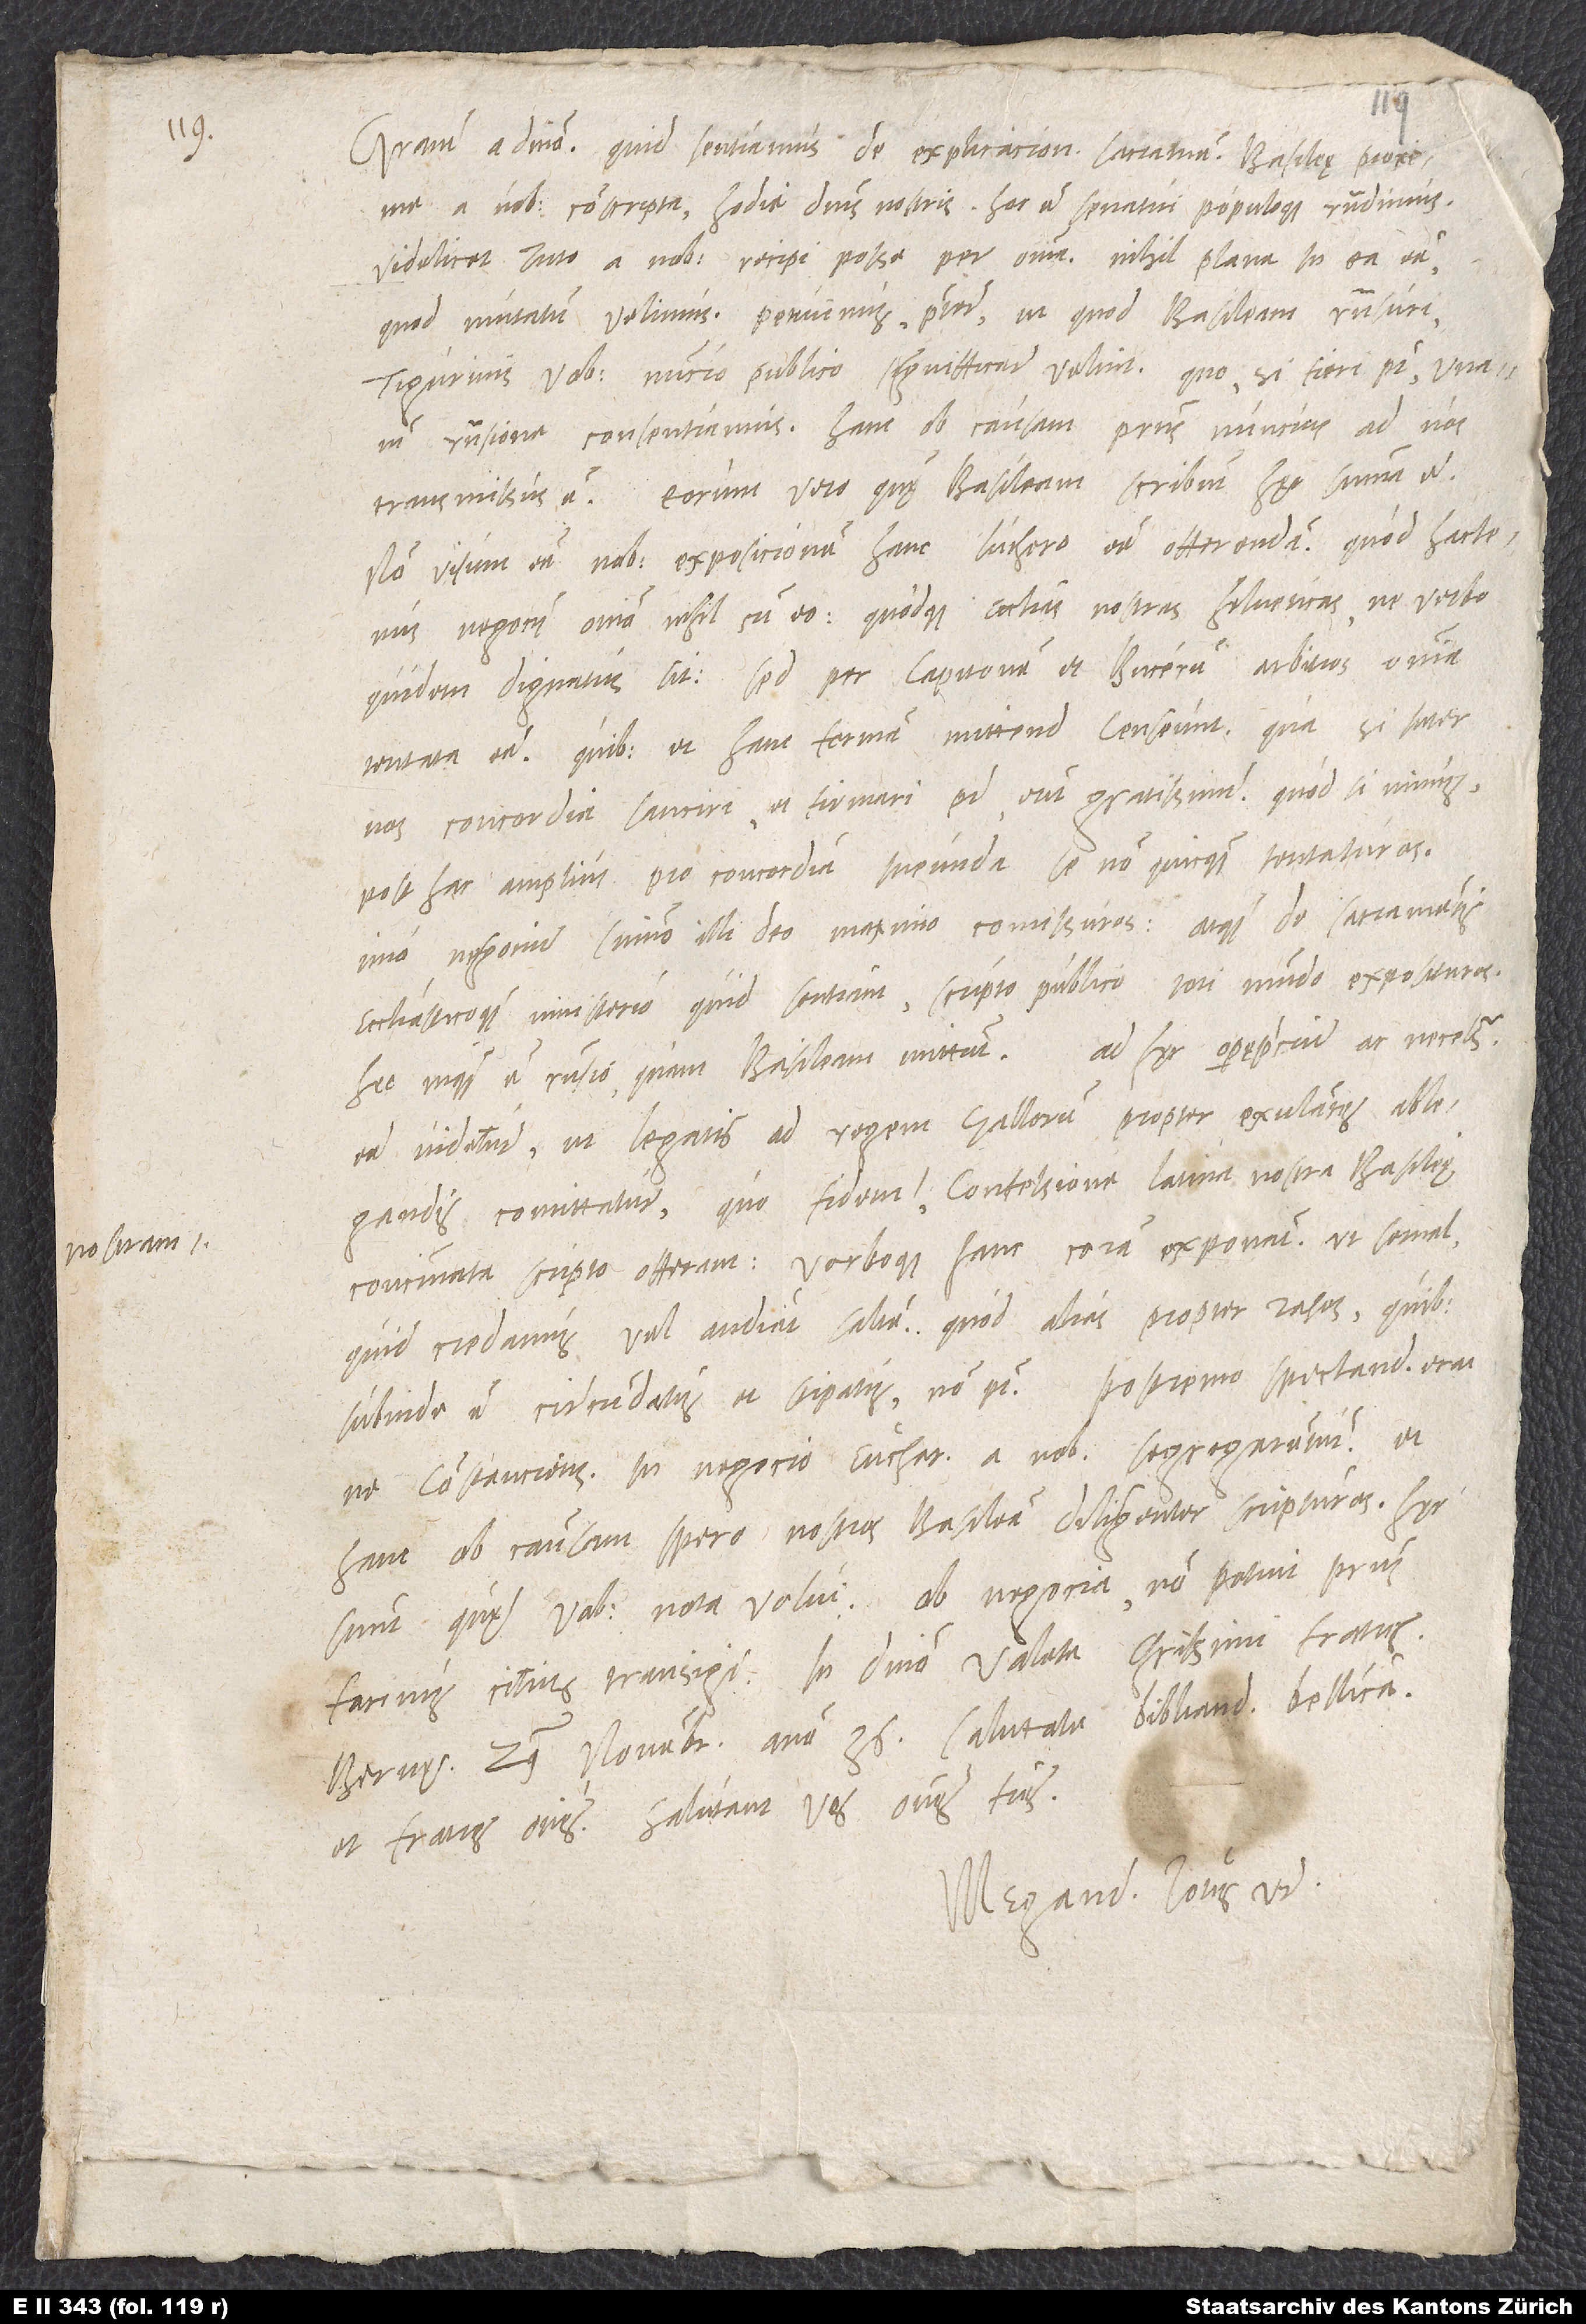
Gratiam a domino. Quid sentiamus de explicacione sacramenti Basileę proxime
a vobis conscripta, hodie dominis nostris, hoc est senatui populoque, respondimus,
videlicet tuto a nobis recipi posse per omnia, nihil plane in ea esse,
quod mutatum velimus. Petivimus praeterea, ut, quod Basileam responsuri,
Tigurinis vobis nuncio publico signifficare velint, quo, si fieri potest, unanimi
responsione consentiamus. Hanc ob causam praesens nuncius ad vos
transmissus est. Eorum vero, quę Basileam scribunt, hęc summa est:
Non visum esse nobis exposicionem hanc Luthero esse offerendam, quod hactenus
negocii omnino nihil cum eo quodque ecclesias nostras Helveticas ne verbo
quidem dignatus sit, sed per Capitonem et Bucerum arbitros omnia
tentata esse, quibus et hanc formam mittendam censeunt . Qua si inter
nos concordia sanciri et firmari potest, erit gratissimum; quod si minus,
post hac amplius pro concordia ineunda se non quicquam tentaturos,
imo negocium summo illi deo maximo comissuros atque, de sacramentis
ecclesiasticoque ministerio quid sentiant, scripto publico toti mundo exposituros.
Hec, inquam, est responsio, quam Basileam mittunt. Ad hęc opereprecium ac necessarium
videtur, ut legatis ad regem Gallorum propter exulantes ablegandis
comittatur, quo fidem nostram confessione Latina nostra Basileę
concinnata scripto offerant verboque hanc coram exponant, ut semel,
quid credamus, vel audiat saltem, quod alias propter rasos, quibus
subinde est circumdatus et stipatus, non potest. Postremo spectandum erat,
ne Constancienses in negocio eucharistiae a nobis segregarentur. Et
hanc ob causam spero nostros Basileam diligenter scripturos. Hęc
sunt, quę vobis nota volui. Ob negocia non potuit praesens
facinus citius transigi. In domino valete, charissimi fratres.
Bernę, 29. novembris anno 36. Salutate Bibliandrum, Bellicanum
et fratres omnes. Salutant vos omnes fratres.
Megand. totus vester.